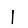
Digit: 1